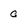
Character: a